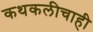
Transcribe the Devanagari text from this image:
कथकलीचाही